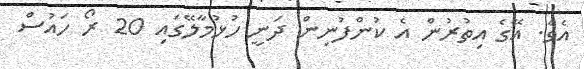
އެވެ. އޭގެ އިތުރުން އެ ކުންފުނިން ދަނީ ހުޅުމާލޭގައި 20 ރޯ ހައުސް